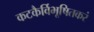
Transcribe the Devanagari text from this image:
कटकैर्विभूषितकरं